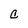
Character: C